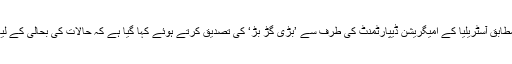
غیر ملکی میڈیا کے مطابق آسٹریلیا کے امیگریشن ڈیپارٹمنٹ کی طرف سے ’بڑی گڑ بڑ‘ کی تصدیق کرتے ہوئے کہا گیا ہے کہ حالات کی بحالی کے لیے کام کیا جا رہا ہے۔